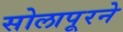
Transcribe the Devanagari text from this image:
सोलापूरने